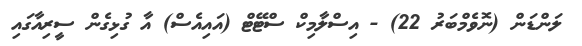
ލަންޑަން (ނޮވެމްބަރު 22) - އިސްލާމިކް ސްޓޭޓް (އައިއެސް) އާ ގުޅިގެން ސީރިއާގައި